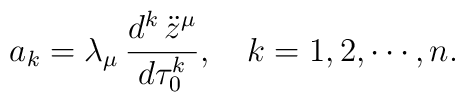
a_{k}=\lambda_{\mu}\, {d^k \, \ddot{z}^{\mu} \over d\tau_{0}^k},~~~k=1,2,\cdots ,n.